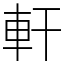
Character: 軒